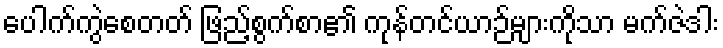
ပေါက်ကွဲစေတတ် ဖြည့်စွက်စာ၏ ကုန်တင်ယာဉ်များကိုသာ မက်ဇဲဒါး